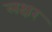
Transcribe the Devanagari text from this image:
लक्षर